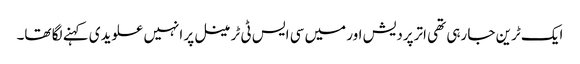
ایک ٹرین جا رہی تھی اترپردیش اور میں سی ایس ٹی ٹرمینل پر انہیں علویدی کہنے لگا تھا۔